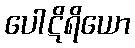
ပေါဋိရိယော